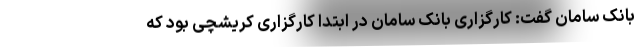
بانک سامان گفت: کارگزاری بانک سامان در ابتدا کارگزاری کریشچی بود که